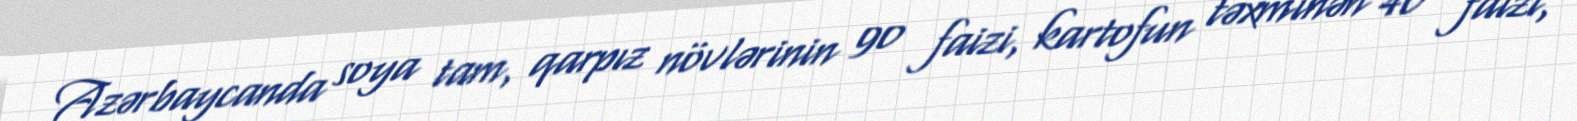
Azərbaycanda soya tam, qarpız növlərinin 90 faizi, kartofun təxminən 40 faizi,